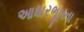
આધારભૂતતા